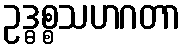
ဥဒ္ဓစ္စသဟဂတာ